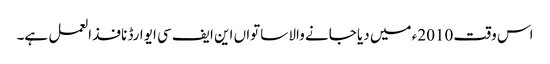
اس وقت 2010ء میں دیا جانے والا ساتواں این ایف سی ایوارڈ نافذ العمل ہے۔